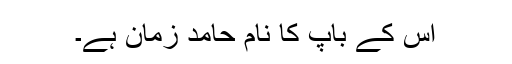
اس کے باپ کا نام حامد زمان ہے۔